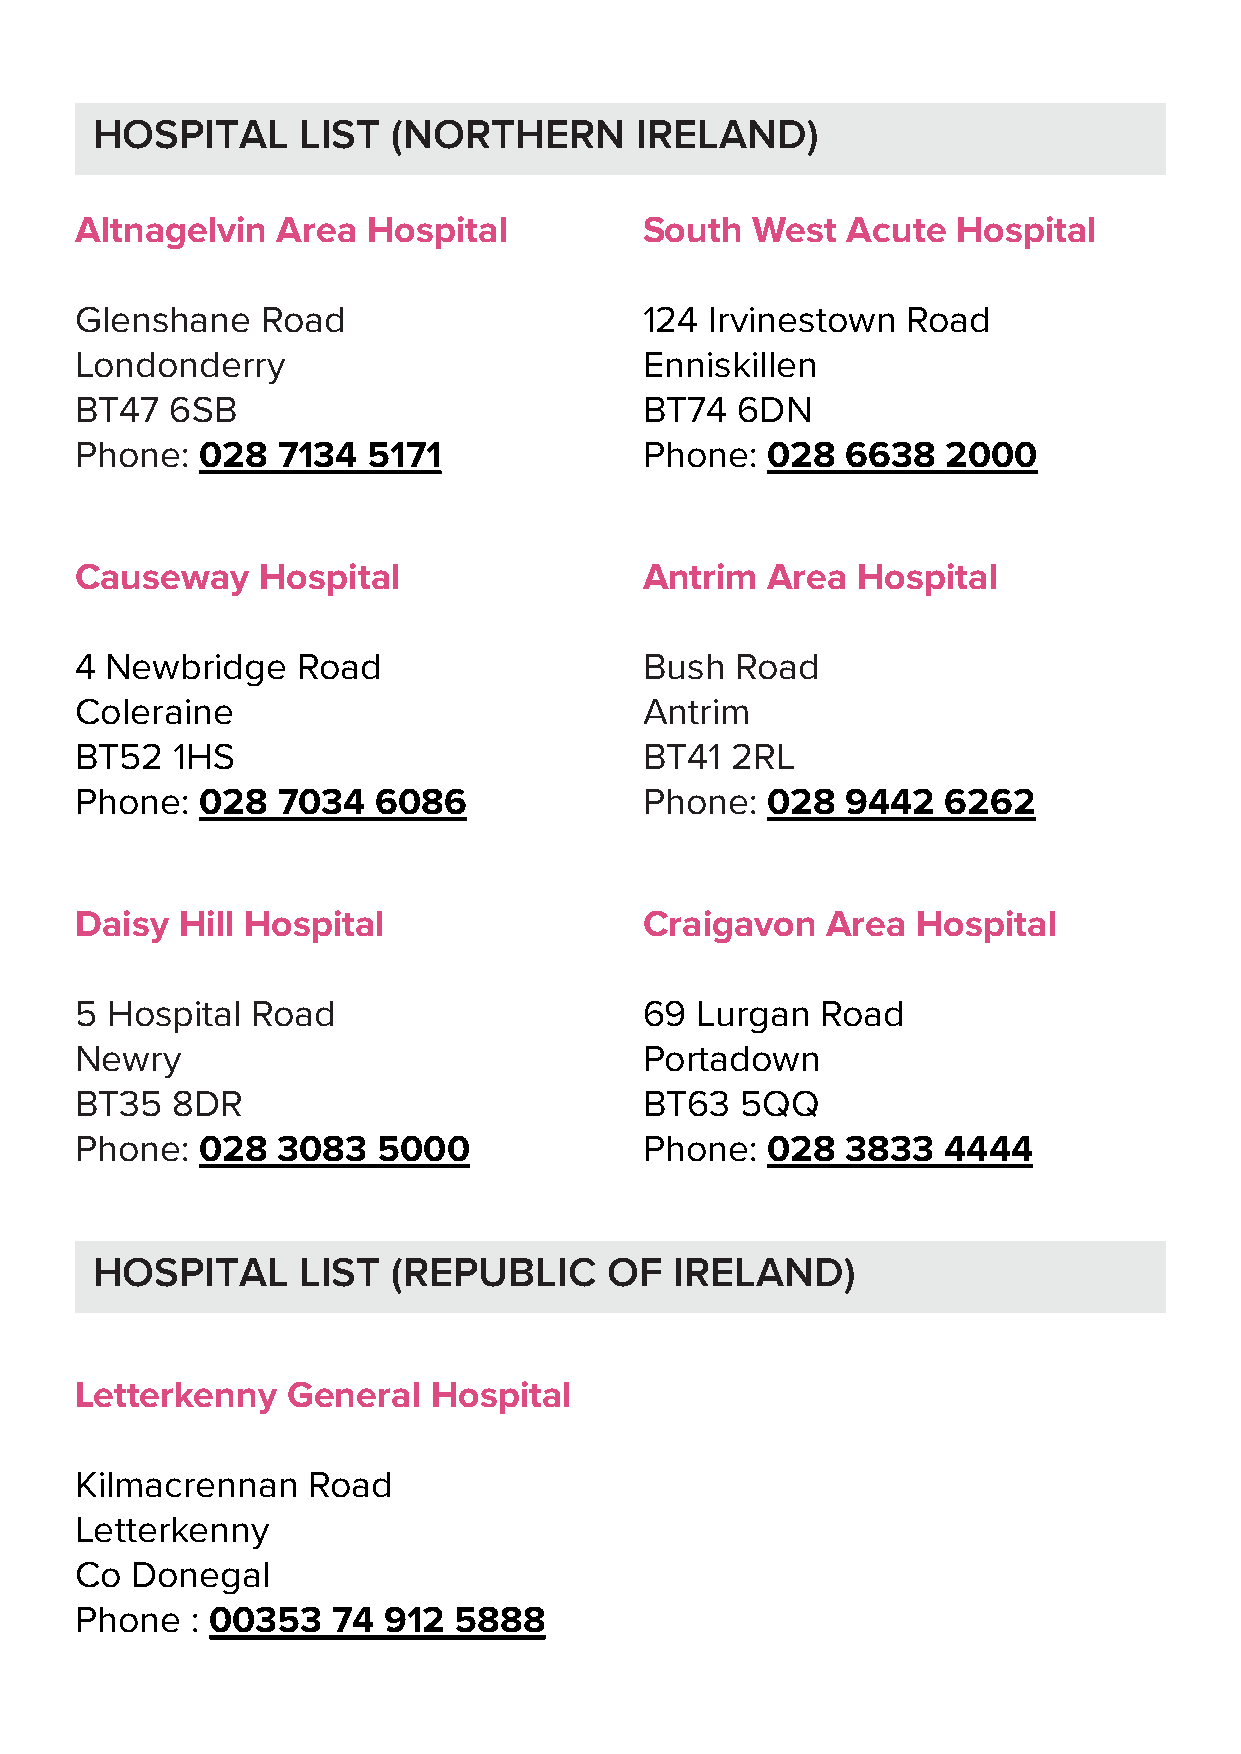
HOSPITAL      LIST  (NORTHERN       IRELAND)
 Altnagelvin  Area  Hospital           South  West  Acute  Hospital
 Glenshane   Road                      124 Irvinestown  Road
 Londonderry                           Enniskillen
 BT47  6SB                             BT74  6DN
 Phone:  028  7134  5171               Phone:  028  6638   2000
 Causeway    Hospital                  Antrim  Area  Hospital
 4 Newbridge    Road                   Bush  Road
 Coleraine                             Antrim
 BT52  1HS                             BT41 2RL
 Phone:  028  7034   6086              Phone:  028  9442   6262
 Daisy  Hill Hospital                  Craigavon   Area  Hospital
 5 Hospital  Road                      69 Lurgan  Road
 Newry                                 Portadown
 BT35  8DR                             BT63  5QQ
 Phone:  028  3083   5000              Phone:  028  3833  4444
 HOSPITAL      LIST  (REPUBLIC     OF   IRELAND)
 Letterkenny   General   Hospital
 Kilmacrennan   Road
 Letterkenny
 Co  Donegal
 Phone   : 00353  74 912  5888